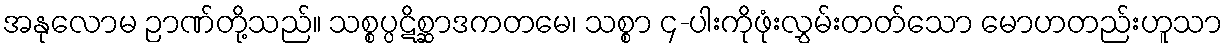
အနုလောမ ဉာဏ်တို့သည်။ သစ္စပ္ပဋိစ္ဆာဒကတမေ၊ သစ္စာ ၄-ပါးကိုဖုံးလွှမ်းတတ်သော မောဟတည်းဟူသာ